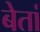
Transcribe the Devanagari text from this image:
बेतां